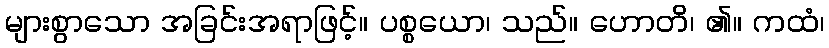
များစွာသော အခြင်းအရာဖြင့်။ ပစ္စယော၊ သည်။ ဟောတိ၊ ၏။ ကထံ၊